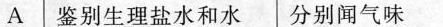
A 鉴别生理盐水 分别闻气味